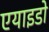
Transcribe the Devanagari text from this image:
एयाइडो